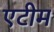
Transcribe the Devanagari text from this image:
एटीम